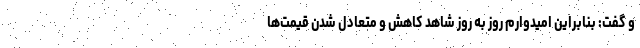
و گفت: بنابراین امیدوارم روز به روز شاهد کاهش و متعادل شدن قیمت‌ها